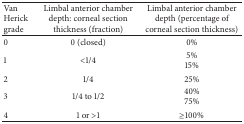
<table><thead><tr><td><b>Van Herick grade</b></td><td><b>Limbal anterior chamber depth: corneal section thickness (fraction)</b></td><td><b>Limbal anterior chamber depth (percentage of corneal section thickness)</b></td></tr></thead><tbody><tr><td>0</td><td>0 (closed)</td><td>0%</td></tr><tr><td>1</td><td>&lt;1/4</td><td>5%15%</td></tr><tr><td>2</td><td>1/4</td><td>25%</td></tr><tr><td>3</td><td>1/4 to 1/2</td><td>40%75%</td></tr><tr><td>4</td><td>1 or &gt;1</td><td>≥100%</td></tr></tbody></table>